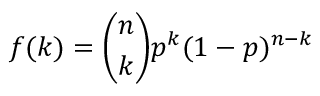
f ( k ) = { \binom { n } { k } } p ^ { k } ( 1 - p ) ^ { n - k }